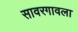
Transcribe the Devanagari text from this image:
सावरगावला